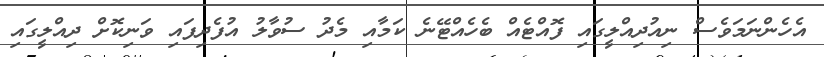
އެހެންނަމަވެސް ނިއުދިއްލީގައި ފޮއްޓެއް ބެހެއްޓޭނެ ކަމާއި މެދު ސުވާލު އުފެދިފައި ވަނިކޮށް ދިއްލީގައި